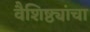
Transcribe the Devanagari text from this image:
वैशिष्ठ्यांचा